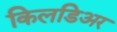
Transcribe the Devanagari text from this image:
किलडिअर